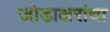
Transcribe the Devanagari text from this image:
जोडाक्षरांचा